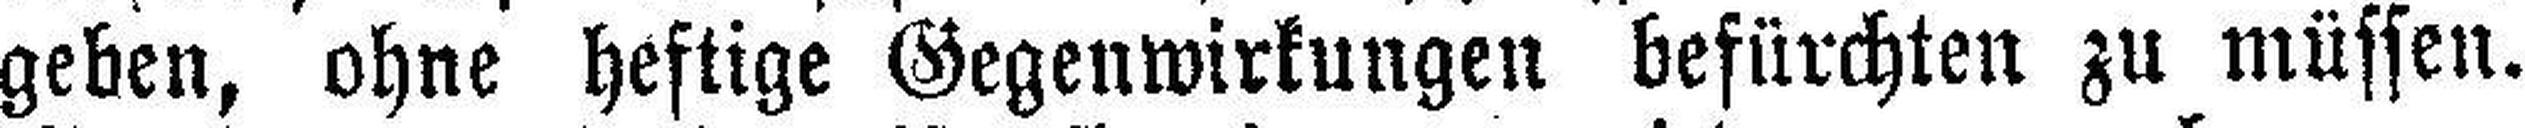
geben, ohne heftige Gegenwirkungen befürchten zu müssen.